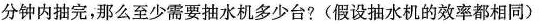
分钟内抽完，那么至少需要抽水机多少台?(假设抽水机的效率都相同)